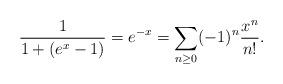
LaTeX: \begin{align*} \frac{1}{1 + (e^x-1)} = e^{-x} = \sum_{n \geq 0} (-1)^n \frac{x^n}{n!}.\end{align*}